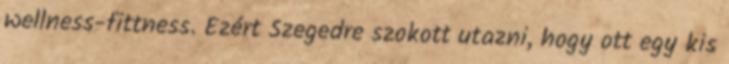
wellness-fittness. Ezért Szegedre szokott utazni, hogy ott egy kis